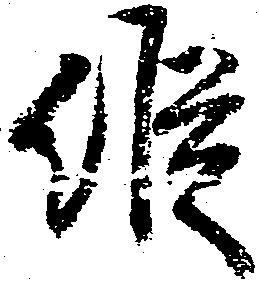
縦